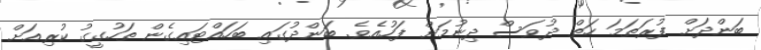
ބަންދަށް ފުރަތަމަ ހަތް ދުވަސް ދިނުމަށް ފަހުއެވެ. ބަންދުގައި ބަހައްޓައިގެން ތަހުގީގު ކުރިއަށް